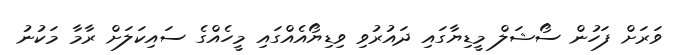
ވަރަށް ފަހުން ސޯޝަލް މީޑިޔާގައި ދައުރުވި ވިޑިޔޯއެއްގައި މީހެއްގެ ސައިކަލަށް ރާމާ މަކުނު